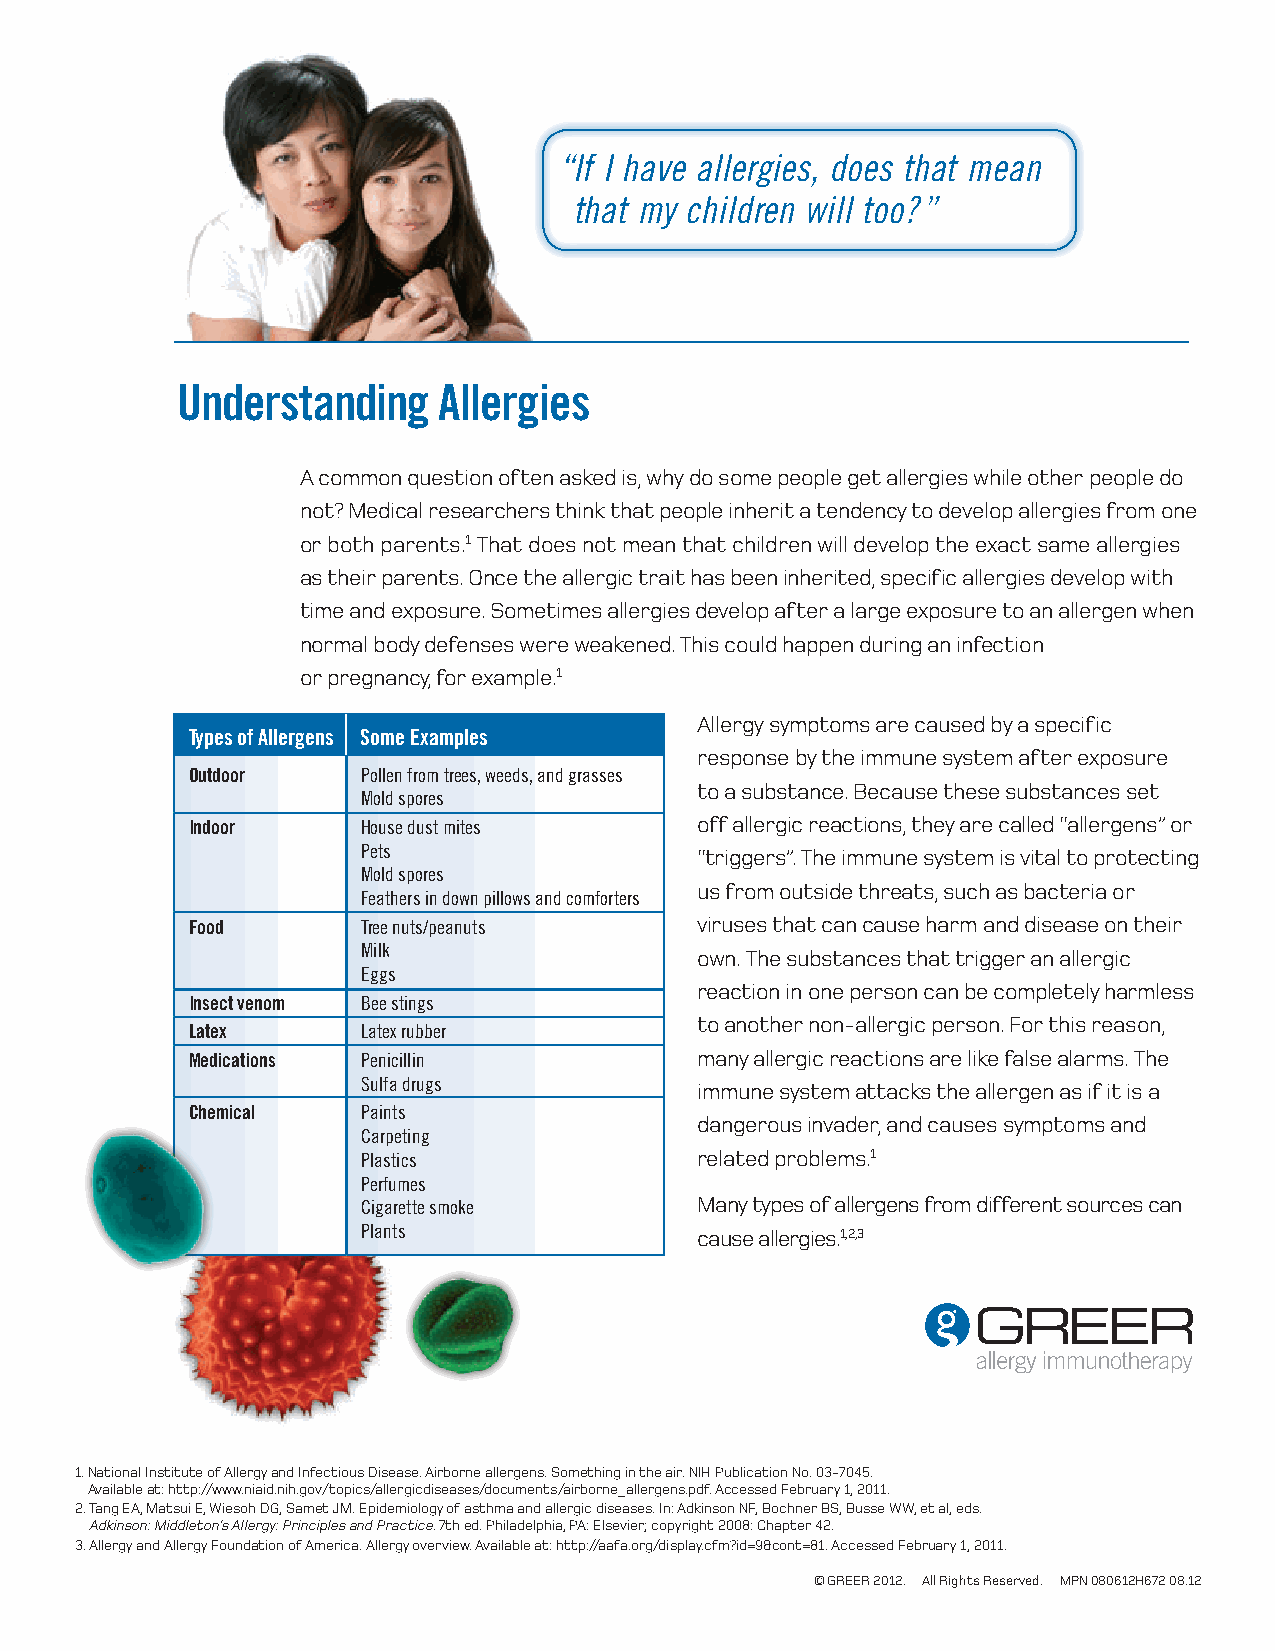
“ If I have allergies, does that mean
 that my children will too?”
 Understanding    Allergies
 A common question often asked is, why do some people get allergies while other people do
 not? Medical researchers think that people inherit a tendency to develop allergies from one
 or both parents.1 That does not mean that children will develop the exact same allergies
 as their parents. Once the allergic trait has been inherited, specific allergies develop with
 time and exposure. Sometimes allergies develop after a large exposure to an allergen when
 normal body defenses were weakened. This could happen during an infection
 or pregnancy, for example.1
 Allergy symptoms are caused by a specific
 Types of Allergens Some Examples
 response by the immune system after exposure
 Outdoor     Pollen from trees, weeds, and grasses
 to a substance. Because these substances set
 Mold spores
 Indoor      House dust mites      off allergic reactions, they are called “allergens” or
 Pets                  “triggers”. The immune system is vital to protecting
 Mold spores
 us from outside threats, such as bacteria or
 Feathers in down pillows and comforters
 Food        Tree nuts/peanuts     viruses that can cause harm and disease on their
 Milk                  own. The substances that trigger an allergic
 Eggs
 reaction in one person can be completely harmless
 Insect venom Bee stings
 to another non-allergic person. For this reason,
 Latex       Latex rubber
 Medications Penicillin            many allergic reactions are like false alarms. The
 Sulfa drugs           immune system attacks the allergen as if it is a
 Chemical    Paints
 dangerous invader, and causes symptoms and
 Carpeting
 Plastics              related problems.1
 Perfumes
 Cigarette smoke       Many types of allergens from different sources can
 Plants                cause allergies.1,2,3
 1. National Institute of Allergy and Infectious Disease. Airborne allergens. Something in the air. NIH Publication No. 03-7045.
 Available at: http://www.niaid.nih.gov/topics/allergicdiseases/documents/airborne_allergens.pdf. Accessed February 1, 2011.
 2. Tang EA, Matsui E, Wiesoh DG, Samet JM. Epidemiology of asthma and allergic diseases. In: Adkinson NF, Bochner BS, Busse WW, et al, eds.
 Adkinson: Middleton’s Allergy: Principles and Practice. 7th ed. Philadelphia, PA: Elsevier; copyright 2008: Chapter 42.
 3. Allergy and Allergy Foundation of America. Allergy overview. Available at: http://aafa.org/display.cfm?id=9&cont=81. Accessed February 1, 2011.
 © GREER 2012. All Rights Reserved. MPN 080612H672 08.12